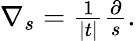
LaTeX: \begin{array}{r}{\nabla_{s}=\frac{1}{|t|}\frac{\partial}{s}.}\end{array}